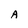
Character: A